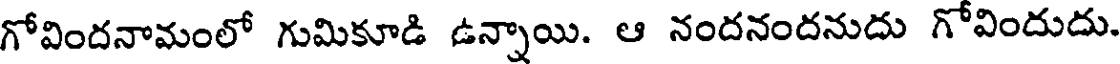
గోవిందనామంలో గుమికూడి ఉన్నాయి. ఆ నందనందనుదు గోవిందుదు.